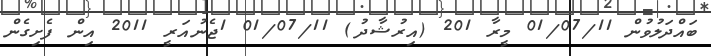
ބައްދަލުވުން 01/07/11 މީރާ 201 (އިރުޝާދު) 01/07/11 1ޖެނުއަރީ 2011 އިން ފެށިގެން